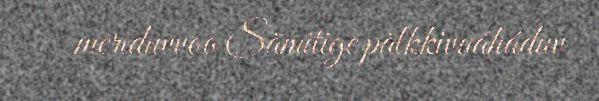
meriduvvoo Sämitige pälkkivuáháduv